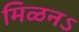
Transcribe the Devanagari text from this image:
मिळनऽ